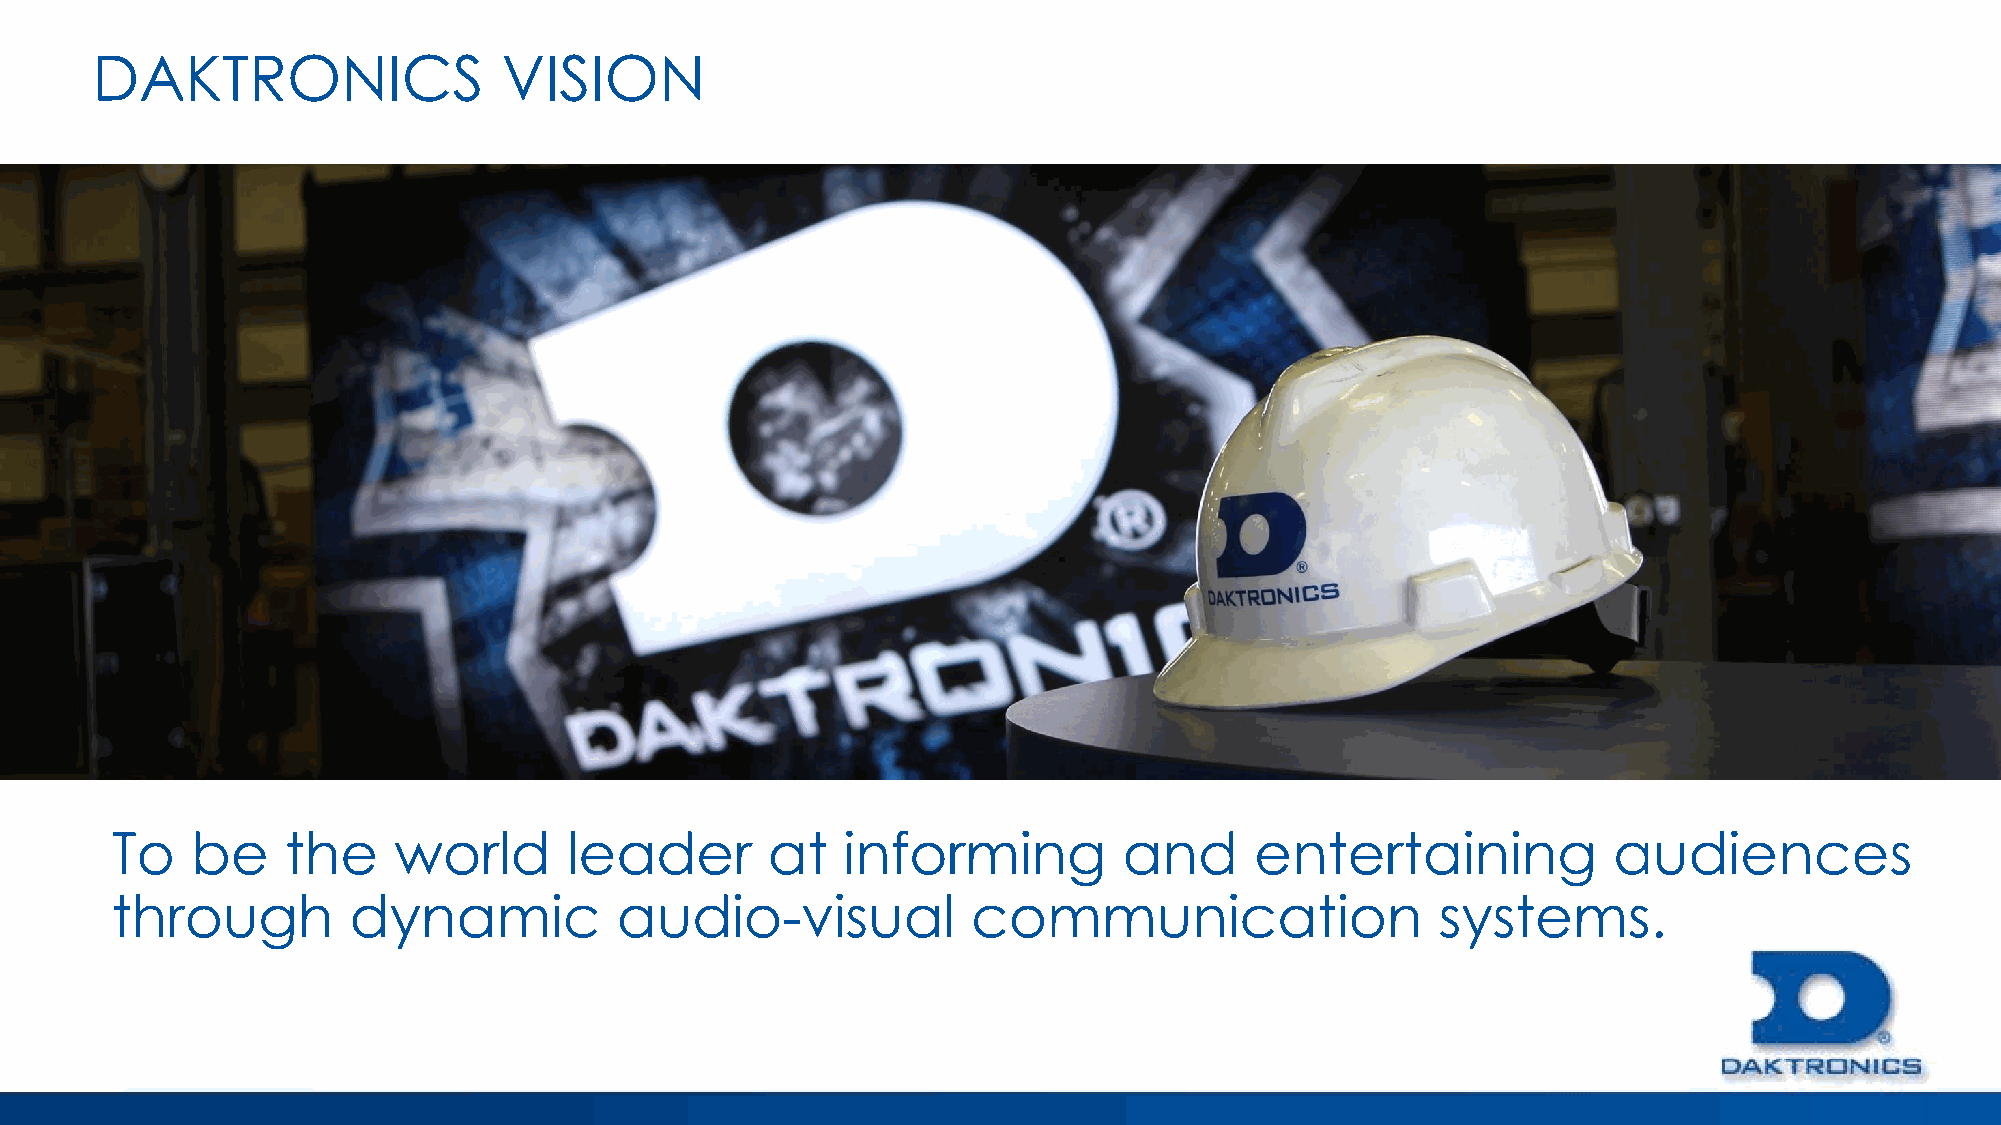
DAKTRONICS                 VISION
 To    be    the    world       leader       at   informing         and      entertaining            audiences
 through         dynamic           audio-visual           communication                  systems.